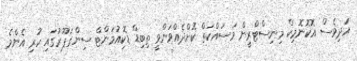
އަދިވެސް އޮކޮނޮމިކް މިނިސްޓްރީން މަސައްކަތް ކޮށްދެއްވަންވީ ތިބިޑް ޑޮކިއުމަންޓް ސިންގަޕޫރުގައި ހުރި އެންމެ